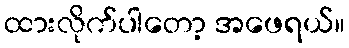
ထားလိုက်ပါတော့ အဖေရယ်။